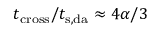
t _ { \mathrm { c r o s s } } / t _ { \mathrm { s , d a } } \approx 4 \alpha / 3